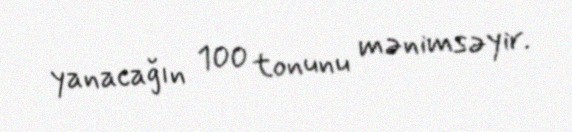
yanacağın 100 tonunu mənimsəyir.